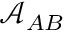
\mathcal { A } _ { A B }